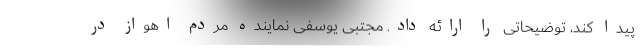
پیدا کند، توضیحاتی را ارائه داد. مجتبی یوسفی نماینده مردم اهواز در